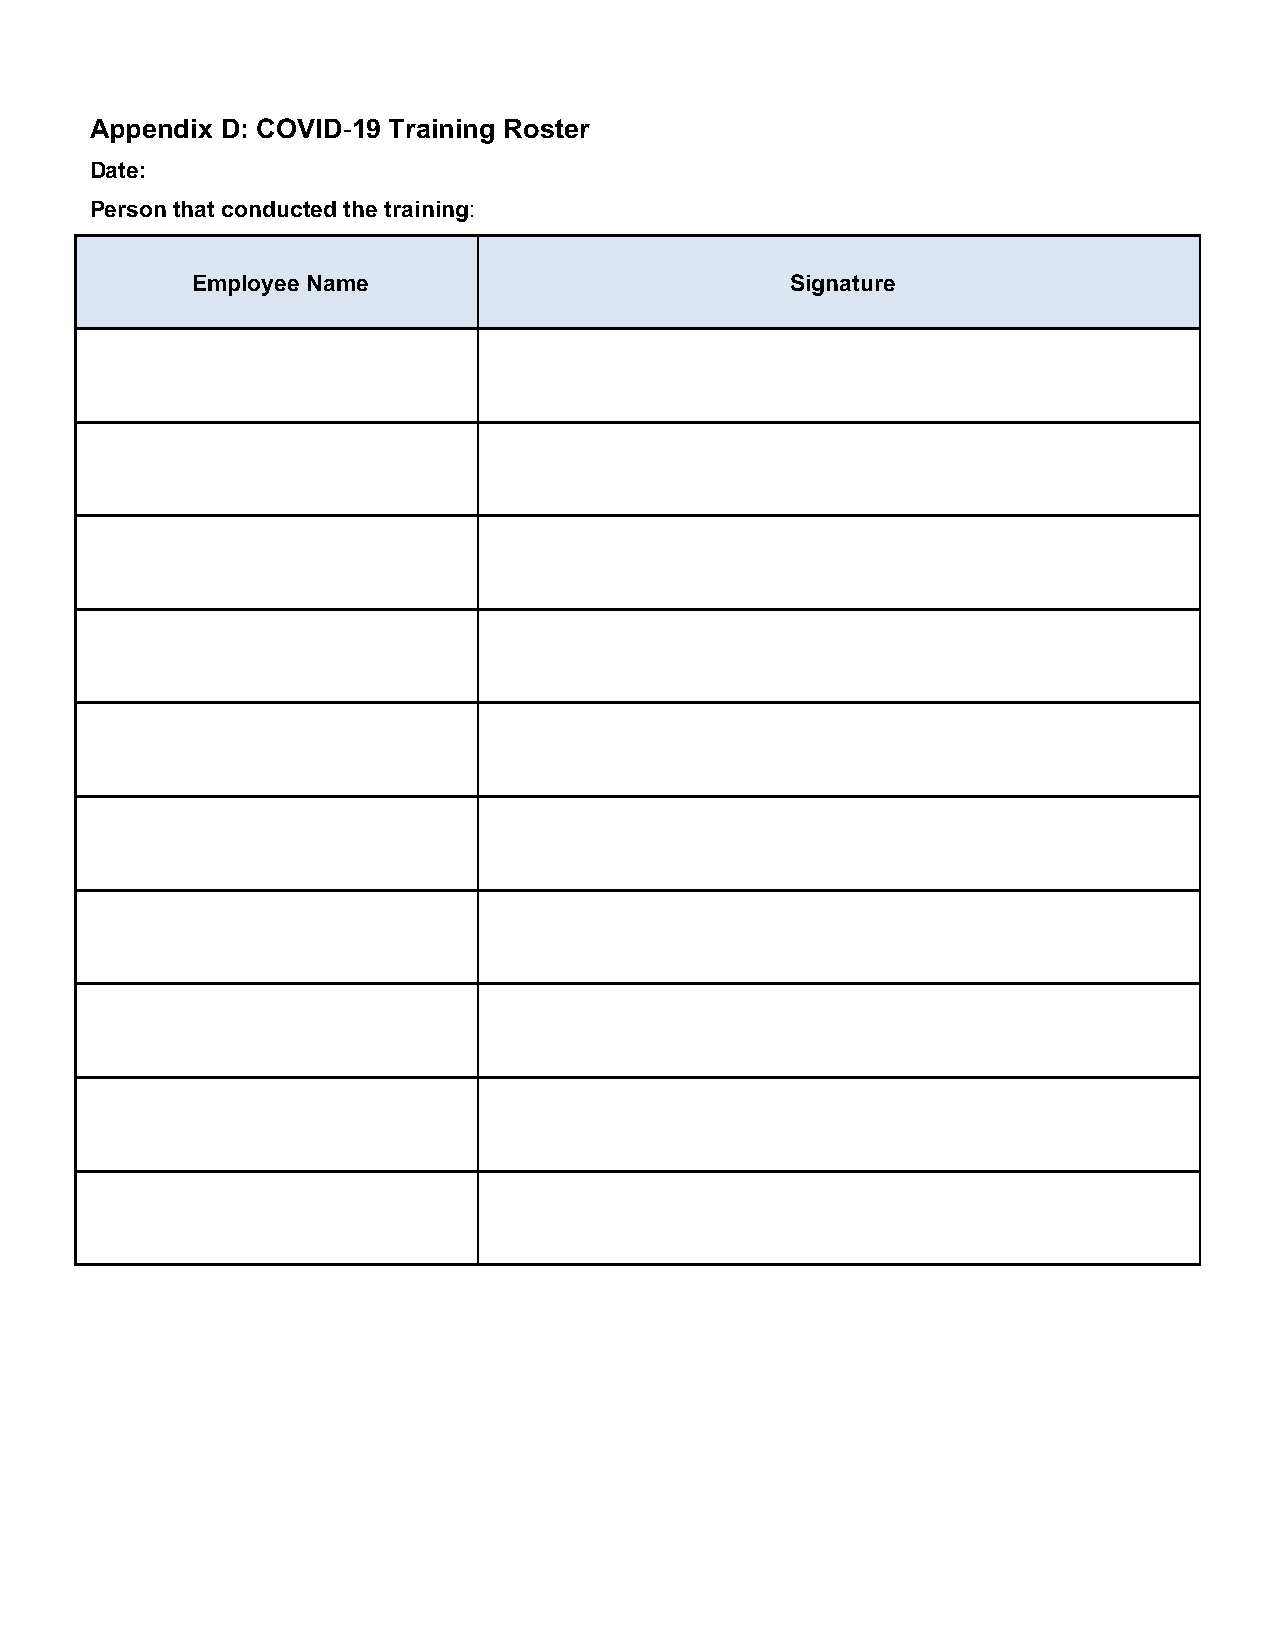
Appendix D: COVID-19 Training Roster
 Date:
 Person that conducted the training:
 Employee Name                          Signature